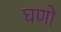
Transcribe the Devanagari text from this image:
घणो